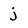
Character: j